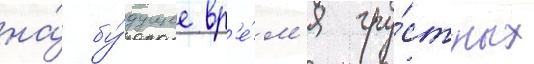
на́ бу́дущее вр'е́м'я гру́стных